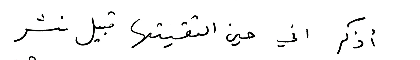
أذكر اني حين التقيتها قبيل نشر